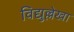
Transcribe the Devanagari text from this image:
विद्युल्लेखा